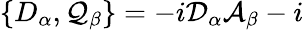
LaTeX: \{ D_{\alpha},\mathcal{Q}_{\beta}\} =-i\mathcal{{D}}_{\alpha}\mathcal{{A}}_{\beta}-i